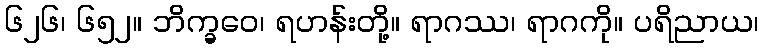
၆၂၆၊ ၆၅၂။ ဘိက္ခဝေ၊ ရဟန်းတို့။ ရာဂဿ၊ ရာဂကို။ ပရိညာယ၊